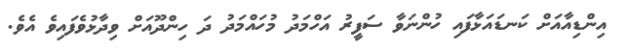
އިންޑިއާއަށް ކަނޑައަޅާފައި ހުންނަވާ ސަފީރު އަހްމަދު މުހައްމަދު ދަ ހިންދޫއަށް ވިދާޅުވެފައިވެ އެވެ.